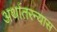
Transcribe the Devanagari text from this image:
अर्थातरन्यास